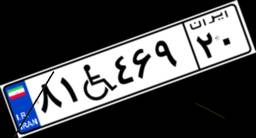
۸۱W۴۶۹۲۰